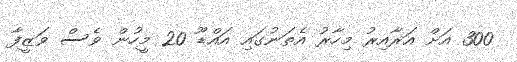
300 އަށް އަރާއިރު މިހާރު އެތަނުގައި އައްޑޫ 20 މީހުން ވެސް ވަޒީފާ